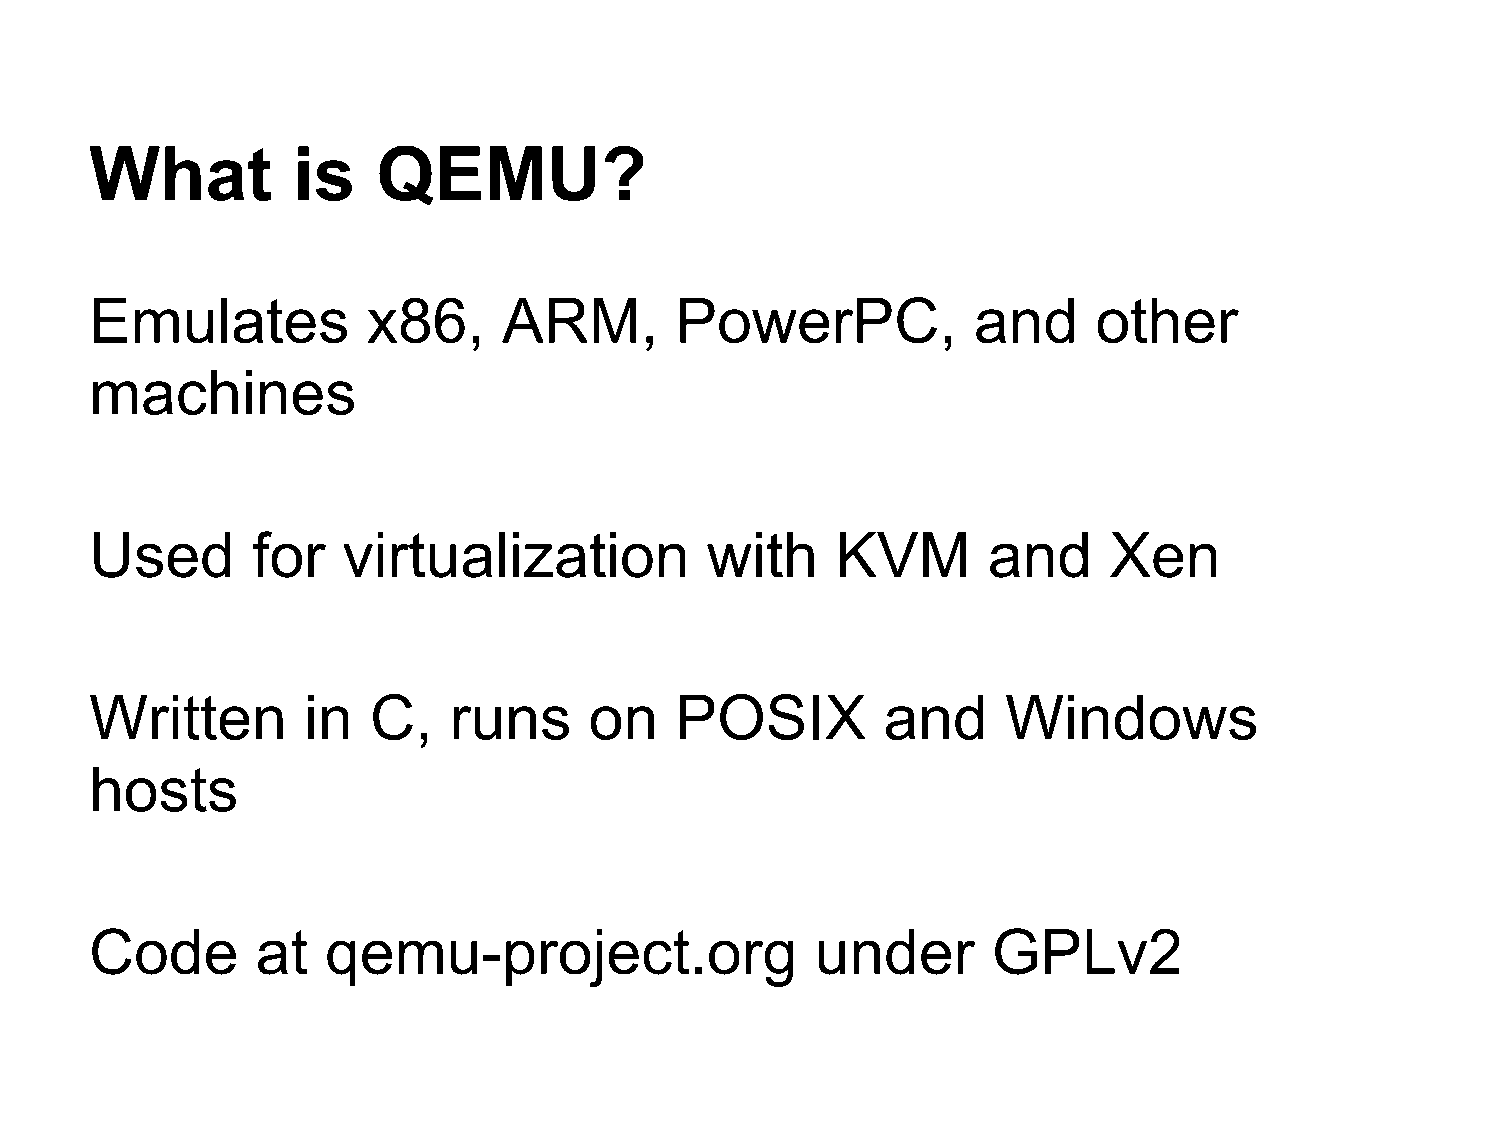
What         is    QEMU?
 Emulates          x86,     ARM,        PowerPC,           and      other
 machines
 Used       for   virtualization          with    KVM       and     Xen
 Written       in   C,   runs     on    POSIX        and      Windows
 hosts
 Code       at   qemu-project.org                under       GPLv2